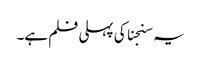
یہ سنجنا کی پہلی فلم ہے۔